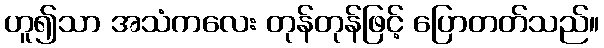
ဟူ၍သာ အသံကလေး တုန်တုန်ဖြင့် ပြောတတ်သည်။